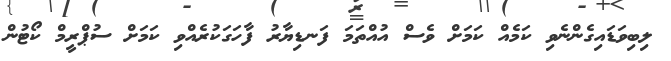
ލިބިވަޑައިގެންނެވި ކަމެއް ކަމަށް ވެސް އުއްތަމަ ފަނޑިޔާރު ފާހަގަކުރެއްވި ކަމަށް ސުޕްރީމް ކޯޓުން